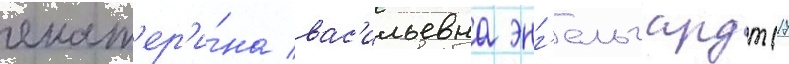
екат'ер'и́на вас'ильевна энг'ельгардт (17